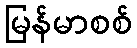
မြန်မာစစ်